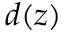
d ( z )